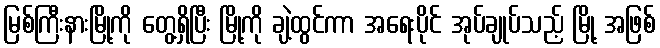
မြစ်ကြီးနားမြို့ကို တွေ့ရှိပြီး မြို့ကို ချဲ့ထွင်ကာ အရေးပိုင် အုပ်ချုပ်သည့် မြို့ အဖြစ်